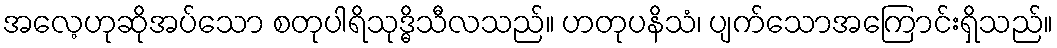
အလေ့ဟုဆိုအပ်သော စတုပါရိသုဒ္ဓိသီလသည်။ ဟတုပနိသံ၊ ပျက်သောအကြောင်းရှိသည်။